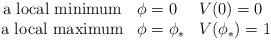
\begin{align*}\left.\begin{array}{cll}\mbox{a local minimum} & \phi=0 & V(0)=0 \\\mbox{a local maximum} & \phi=\phi_* & V(\phi_*)=1 \end{array}\right.\end{align*}